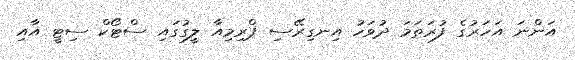
އަންނަ އަހަރުގެ ފުރަތަމަ ދުވަހު އިނގިރޭސި ޕްރިމިއާ ލީގުގައި ސްޓޯކް ސިޓީ އާއި